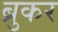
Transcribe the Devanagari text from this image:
ब्रुकर